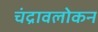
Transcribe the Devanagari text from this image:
चंद्रावलोकन